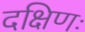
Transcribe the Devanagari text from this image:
दक्षिणः